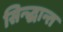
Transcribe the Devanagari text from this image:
सिन्द्धान्त